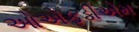
ઓએફડીએમ